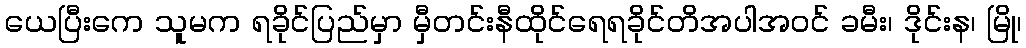
ယေပြီးကေ သူမက ရခိုင်ပြည်မှာ မှီတင်းနီထိုင်ရေရခိုင်တိအပါအဝင် ခမီး၊ ဒိုင်းန၊ မြို၊